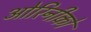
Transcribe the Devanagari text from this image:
ओरिनीको